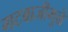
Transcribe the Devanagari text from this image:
गटबाजीमुळे